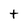
Character: t